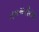
તકમરીયા